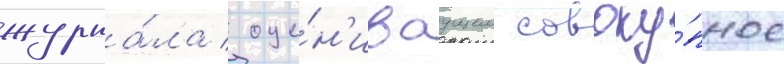
журна́ла / оце́н'иваущем совоку́пное